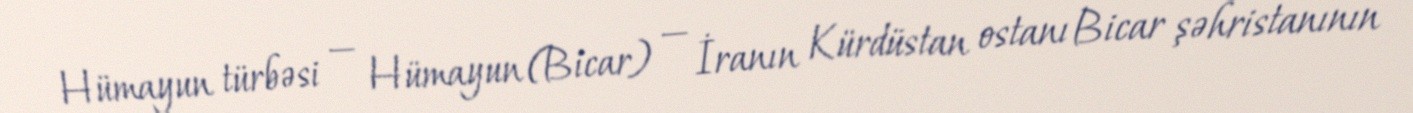
Hümayun türbəsi — Hümayun (Bicar) — İranın Kürdüstan ostanı Bicar şəhristanının